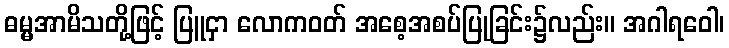
ဓမ္မအာမိသတို့ဖြင့် ပြူငှာ လောကဝတ် အစေ့အစပ်ပြုခြင်း၌လည်း။ အဂါရဝေါ၊